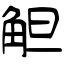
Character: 觛